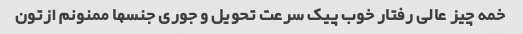
خمه چیز عالی رفتار خوب پیک سرعت تحویل و جوری جنسها ممنونم ازتون